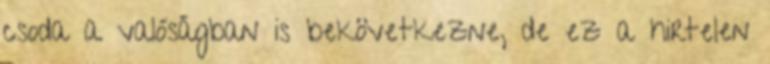
csoda a valóságban is bekövetkezne, de ez a hirtelen